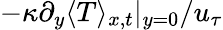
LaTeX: -\kappa\partial_{y}\langle T\rangle_{x,t}|_{y=0}/u_{\tau}